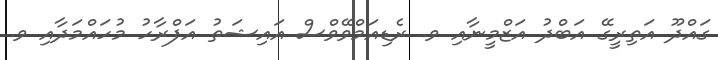
ގައްދޫ އަތިރީގޭ އަބްދު އަޒްމީނާއި ވ. ރެޑިއަމްވޭވްސް އައިޝަތު އަފްރާހު މުހައްމަދާއި ވ.